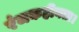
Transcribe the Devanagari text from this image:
रंजकहीनता।